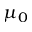
\mu _ { 0 }